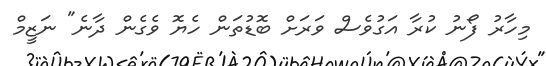
މިހާރު ފޯނު ކުރާ އަގުވެސް ވަރަށް ބޮޑުތަން ހެޔޮ ވެގެން ދާނެ" ނަޒީމް